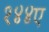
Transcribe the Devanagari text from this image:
१४४ए